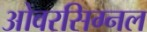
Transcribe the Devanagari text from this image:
ओवरसिग्नल